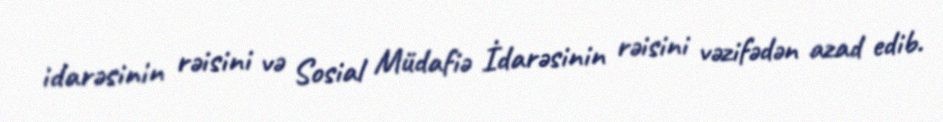
idarəsinin rəisini və Sosial Müdafiə İdarəsinin rəisini vəzifədən azad edib.